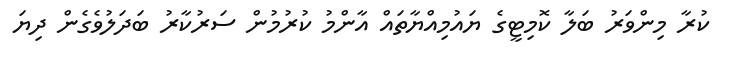
ކުރާ މިންވަރު ބަލާ ކޮމިޓީގެ ޔައުމިއްޔާތައް އާންމު ކުރުމުން ސަރުކާރު ބަދަލުވެގެން ދިޔަ